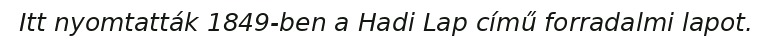
Itt nyomtatták 1849-ben a Hadi Lap című forradalmi lapot.